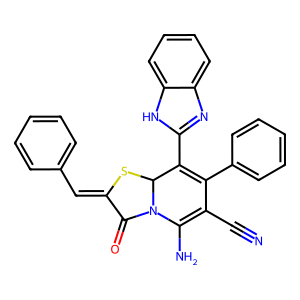
SMILES: N#CC1=C(N)N2C(=O)C(=Cc3ccccc3)SC2C(c2nc3ccccc3[nH]2)=C1c1ccccc1
Inhibits HIV replication: No